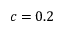
c = 0 . 2